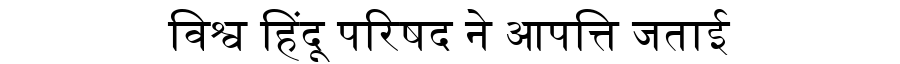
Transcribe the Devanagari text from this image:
विश्व हिंदू परिषद ने आपत्ति जताई